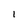
Character: 1